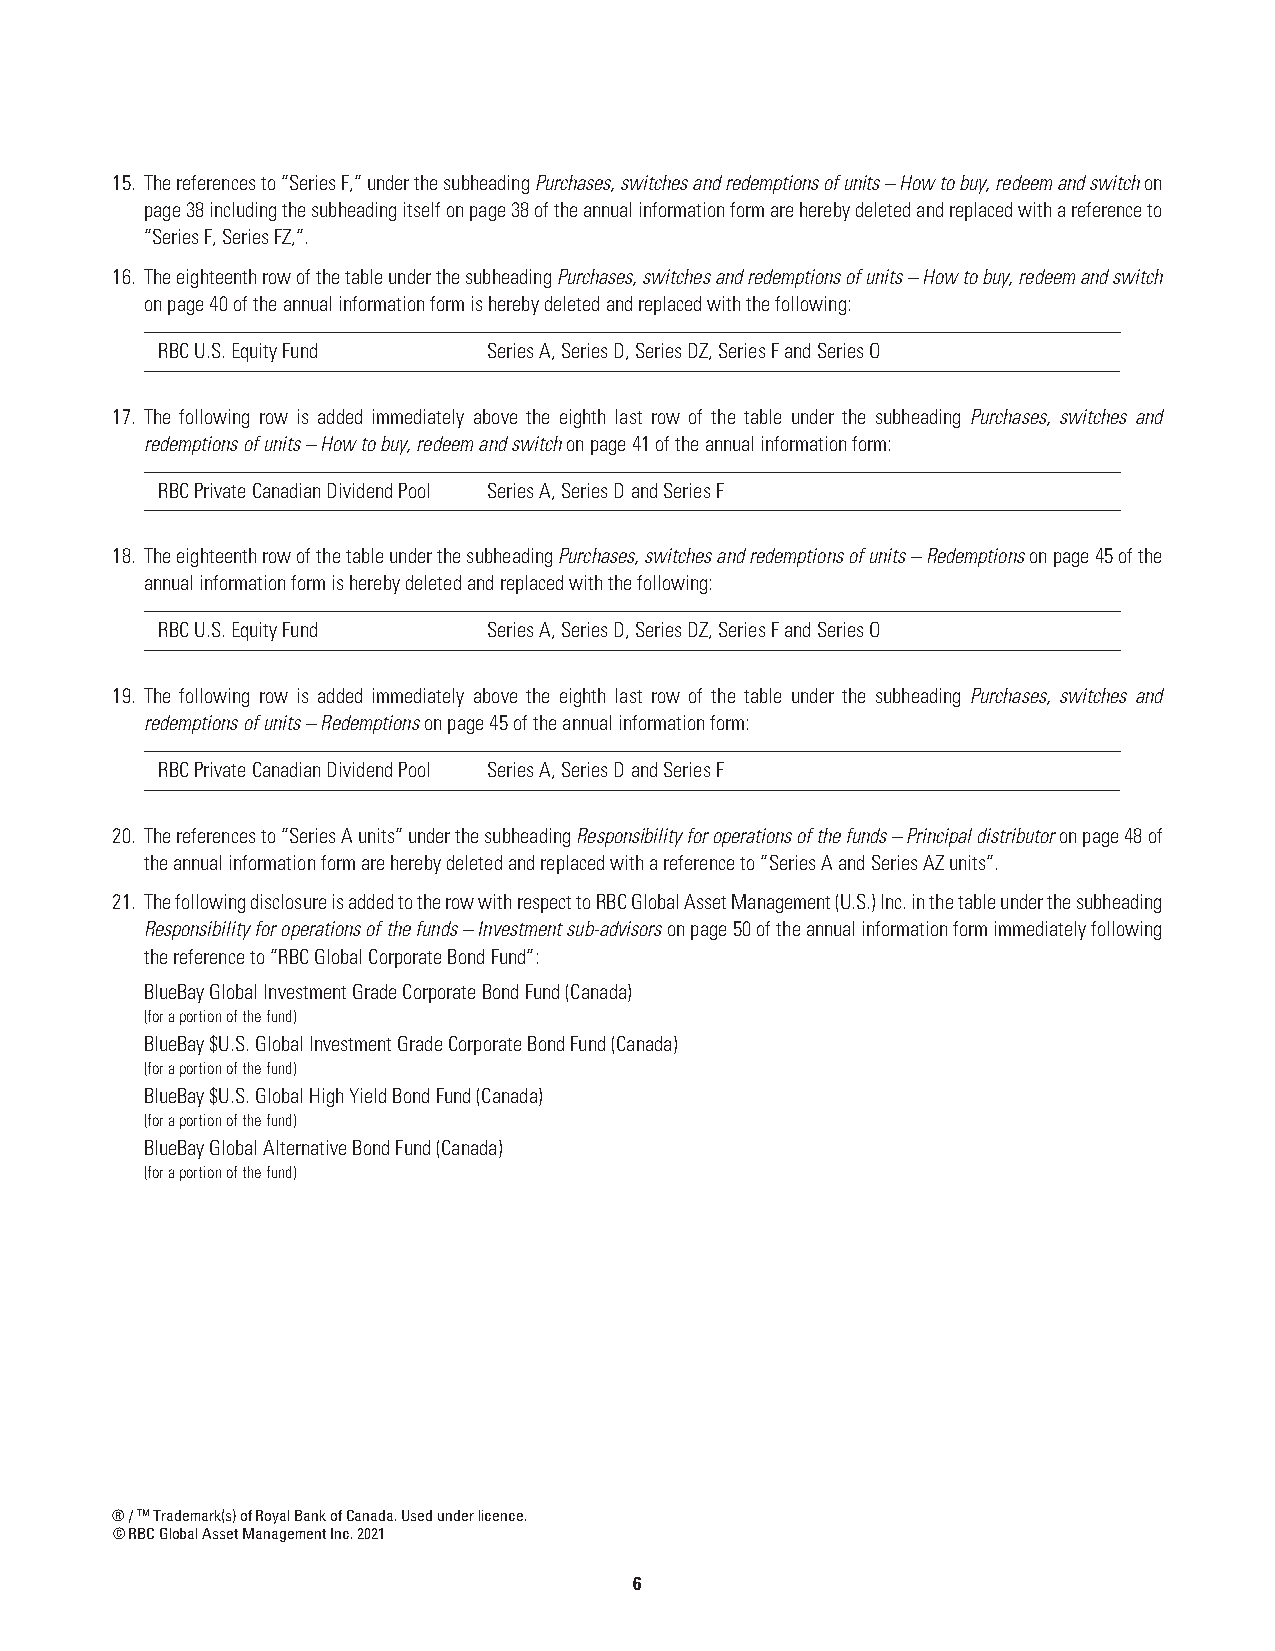
15. The references to “Series F,” under the subheading Purchases, switches and redemptions of units – How to buy, redeem and switch on
 page 38 including the subheading itself on page 38 of the annual information form are hereby deleted and replaced with a reference to
 “Series F, Series FZ,”.
 16. The eighteenth row of the table under the subheading Purchases, switches and redemptions of units – How to buy, redeem and switch
 on page 40 of the annual information form is hereby deleted and replaced with the following:
 RBC U.S. Equity Fund  Series A, Series D, Series DZ, Series F and Series O
 17. The following row is added immediately above the eighth last row of the table under the subheading Purchases, switches and
 redemptions of units – How to buy, redeem and switch on page 41 of the annual information form:
 RBC Private Canadian Dividend Pool Series A, Series D and Series F
 18. The eighteenth row of the table under the subheading Purchases, switches and redemptions of units – Redemptions on page 45 of the
 annual information form is hereby deleted and replaced with the following:
 RBC U.S. Equity Fund  Series A, Series D, Series DZ, Series F and Series O
 19. The following row is added immediately above the eighth last row of the table under the subheading Purchases, switches and
 redemptions of units – Redemptions on page 45 of the annual information form:
 RBC Private Canadian Dividend Pool Series A, Series D and Series F
 20. The references to “Series A units” under the subheading Responsibility for operations of the funds – Principal distributor on page 48 of
 the annual information form are hereby deleted and replaced with a reference to “Series A and Series AZ units”.
 21. The following disclosure is added to the row with respect to RBC Global Asset Management (U.S.) Inc. in the table under the subheading
 Responsibility for operations of the funds – Investment sub-advisors on page 50 of the annual information form immediately following
 the reference to “RBC Global Corporate Bond Fund”:
 BlueBay Global Investment Grade Corporate Bond Fund (Canada)
 (for a portion of the fund)
 BlueBay $U.S. Global Investment Grade Corporate Bond Fund (Canada)
 (for a portion of the fund)
 BlueBay $U.S. Global High Yield Bond Fund (Canada)
 (for a portion of the fund)
 BlueBay Global Alternative Bond Fund (Canada)
 (for a portion of the fund)
 ® / TM Trademark(s) of Royal Bank of Canada. Used under licence.
 © RBC Global Asset Management Inc. 2021
 6